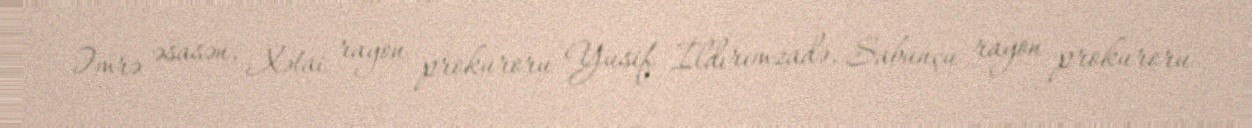
Əmrə əsasən, Xətai rayon prokuroru Yusif İldırımzadə, Sabunçu rayon prokuroru